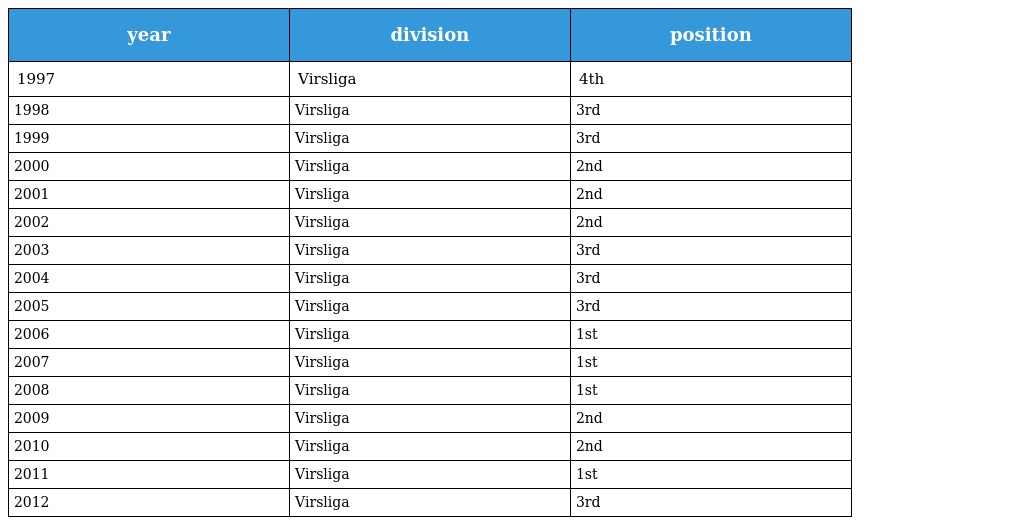
| year | division | position |
 | --- | --- | --- |
 | 1997 | Virsliga | 4th |
 | 1998 | Virsliga | 3rd |
 | 1999 | Virsliga | 3rd |
 | 2000 | Virsliga | 2nd |
 | 2001 | Virsliga | 2nd |
 | 2002 | Virsliga | 2nd |
 | 2003 | Virsliga | 3rd |
 | 2004 | Virsliga | 3rd |
 | 2005 | Virsliga | 3rd |
 | 2006 | Virsliga | 1st |
 | 2007 | Virsliga | 1st |
 | 2008 | Virsliga | 1st |
 | 2009 | Virsliga | 2nd |
 | 2010 | Virsliga | 2nd |
 | 2011 | Virsliga | 1st |
 | 2012 | Virsliga | 3rd |